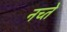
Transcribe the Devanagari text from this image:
नच्ते